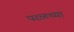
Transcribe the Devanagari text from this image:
परळच्या